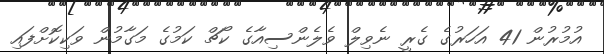
އުމުރުން 41 އަހަރުގެ ގެރީ ނެވިލް ވެލެންސިއާގެ ކޯޗް ކަމުގެ މަގާމުން ވަކިކޮށްފައި